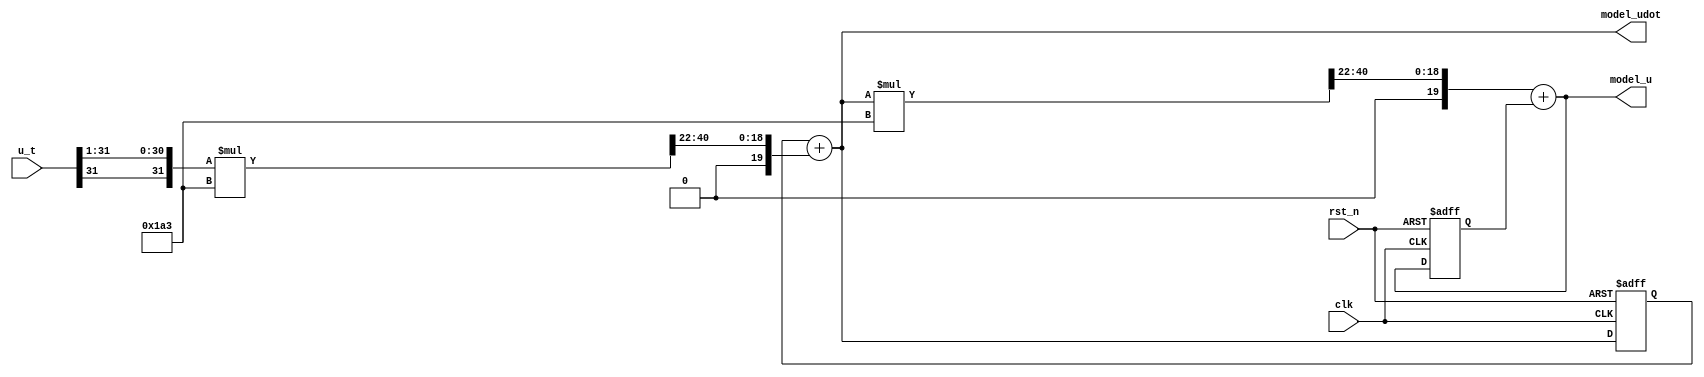
module nominal_model(
	input clk,
	input rst_n,

	input signed[31:0] u_t, //sfix32_En10
	output signed[31:0] model_u, //sfix32_En10
	output signed[31:0] model_udot //sfix32_En10
);

	//Nominal model variable
	//sfix32_En10
	localparam sampletime = 12'b0000000000000110100011; //fix22En22
	reg signed[31:0] model_udot_r;
	reg signed[31:0] theta_dot1n_curr;
	reg signed[31:0]theta_dot1n_next;
	reg signed[31:0] thetan_curr;
	reg signed[31:0] thetan_next;
	reg signed[63:0] theta_dot1n_t;
	reg signed[31:0] theta_dot2n;
	reg signed[63:0] theta_dot2n_t;

	always@(*) begin //TODO: pipeline 
		theta_dot2n = u_t>>>1;
		theta_dot2n_t = theta_dot2n * sampletime ;// sfix54_En32
		theta_dot1n_next = theta_dot1n_curr + (theta_dot2n_t>>>22);
		theta_dot1n_t = theta_dot1n_next * sampletime;
		thetan_next = (theta_dot1n_t>>>22) + thetan_curr;
	end

	always@(posedge clk or negedge rst_n) begin
		if(!rst_n) begin
			theta_dot1n_curr <= 0;
		end
		else if(clk) begin
			theta_dot1n_curr <= theta_dot1n_next;
		end
	end
	always@(posedge clk or negedge rst_n) begin
		if(!rst_n) begin
			thetan_curr <= 0;
		end
		else if(clk) begin
			thetan_curr <= thetan_next;
		end
	end
	
	assign model_u = thetan_next;
	assign model_udot = theta_dot1n_next;
endmodule